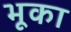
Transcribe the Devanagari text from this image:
भूका